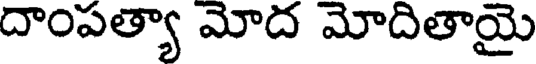
దాంపత్యా మోద మోదితాయై